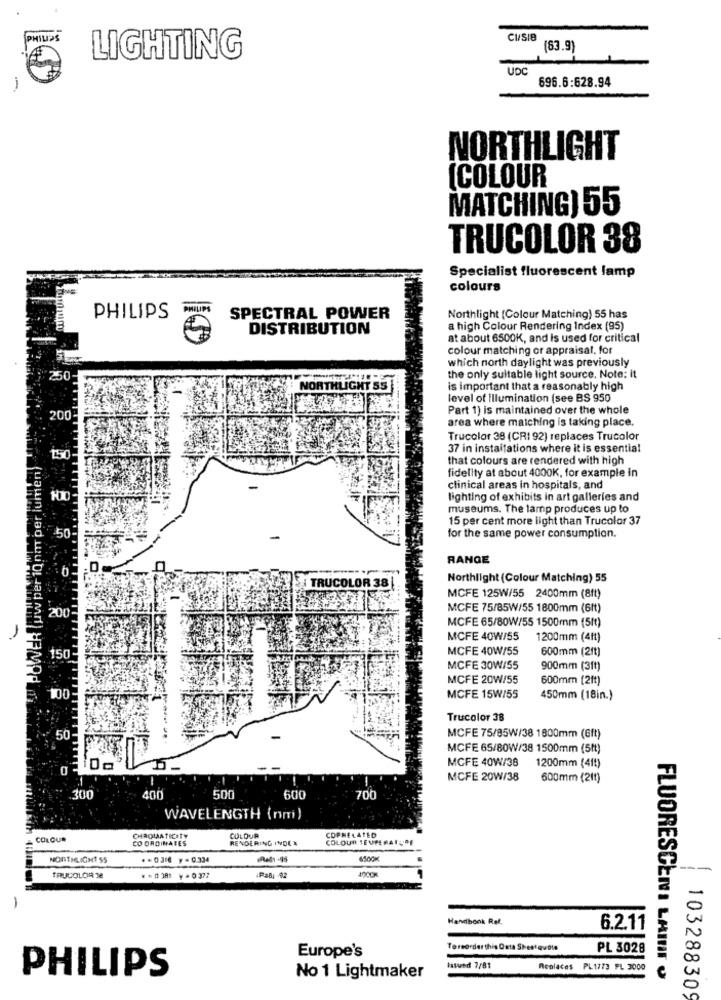
PHILIPS
CI/SIB
(83.9)
LIGHTING
UDC
696.6:628.94
NORTHLIGHT
(COLOUR
MATCHING) 55
TRUCOLOR 38
Specialist fluorescent lamp
colours
PHILIPS
PHILIPS
SPECTRAL POWER
Northlight (Colour Matching) 55 has
DISTRIBUTION
a high Colour Rendering Index (95)
at about 6500K, and is used for critical
colour matching or appraisal, for
which north daylight was previously
the only suitable light source. Note: it
NORTHLIGHT 55
is important that a reasonably high
level of illumination (see BS 950
Part 1) is maintained over the whole
200-
area where matching is taking place.
Trucolor 38 (CRI 92) replaces Trucolor
37 in installations where it is essential
w per 10nm per lumen)
150-
that colours are rendered with high
fidelity at about 4000K, for example in
clinical areas in hospitals, and
100
lighting of exhibits in art galleries and
museums. The lamp produces up to
15 per cent more light than Trucolor 37
for the same power consumption.
50
4 POWER Tuw per ion
RANGE
Northlight (Colour Matching) 55
OR 38
MCFE 125W/55 2400mm (8ft)
MCFE 75/85W/55 1800mm (6ft)
200
MCFE 65/80W/55 1500mm (5ft)
MCFE 40W/55
1200mm (4ft)
MCFE 40W/55
600mm (2ft)
150
MCFE 30W/55
900mm (3ft)
MCFE 20W/55
600mm (2ft)
MCFE 15W/55
450mm (18in.)
Trucolor 38
50
MCFE 75/85W/38 1800mm (Gft)
MCFE 65/80W/38 1500mm (5ft)
MCFE 40W/38
1200mm (41)
MCFE 20W/38
600mm (21!)
300
400
500
600
700
WAVELENGTH (nm)
COLOUR
COLOUR
CHROMATIC TY
CO ORDINATES
ORDINA
RENDERING INDER
COLOUR TEMPERATURE
COPHELATED
NORTHLICHT SS
.. 0316 ,- 0.334
Rets -95
--
TRUCOLOR 2
-
Handbook Rat.
6.2.11
Europe's
Toreorderthis Data Sheetquote
PL 3028
Issued 7/81
Replaces PL1773 PL 3000
PHILIPS
No 1 Lightmaker
FLUORESCENI LAINIT O
103288309